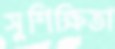
সুশিক্ষিতা